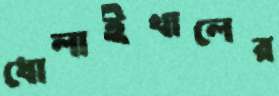
ধোলাইখালের